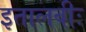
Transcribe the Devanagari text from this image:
इतालवीः